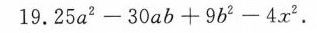
19.$$25 a^{2} - 30 a b + 9 b^{2} - 4 x^{2} $$。